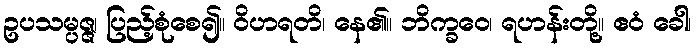
ဥပသမ္ပဇ္ဇ၊ ပြည့်စုံစေ၍။ ဝိဟရတိ၊ နေ၏။ ဘိက္ခဝေ၊ ရဟန်းတို့။ ဧဝံ ခေါ၊